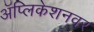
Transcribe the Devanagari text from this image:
अॅप्लिकेशनवर